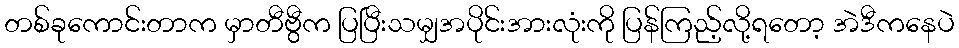
တစ်ခုကောင်းတာက မှာတီဗွီက ပြပြီးသမျှအပိုင်းအားလုံးကို ပြန်ကြည့်လို့ရတော့ အဲဒီကနေပဲ